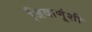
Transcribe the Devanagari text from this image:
जिवाणूंशी